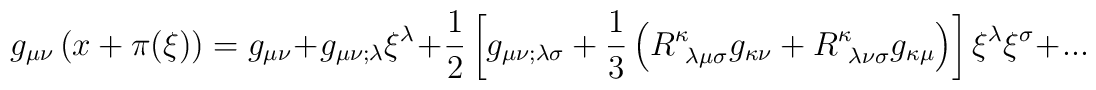
g_{\mu \nu} \left( x + \pi (\xi) \right) = g_{\mu \nu} + g_{\mu \nu ; \lambda} \xi^\lambda +{1\over 2} \left[        g_{\mu \nu ; \lambda \sigma} +        {1\over 3} \left(                         R^\kappa_{~\lambda \mu \sigma}g_{\kappa \nu} +                         R^\kappa_{~\lambda \nu \sigma}g_{\kappa \mu}                  \right)     \right]\xi^\lambda \xi^\sigma + ...